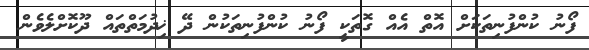
ފޯނު ކުންފުނިތަކަށް އޮތް އެއް ގޮތަކީ ފޯނު ކުންފުނިތަކުން ދޭ ޚިދުމަތްތައް ދޫކޮށްލެވެން